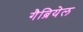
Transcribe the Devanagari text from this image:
गैब्रियेल